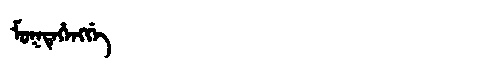
Manchu: ᠮᡠᡴᡩᡝᡥᡝᠩᡤᡝ
Romanization: MUKDEHENGGE